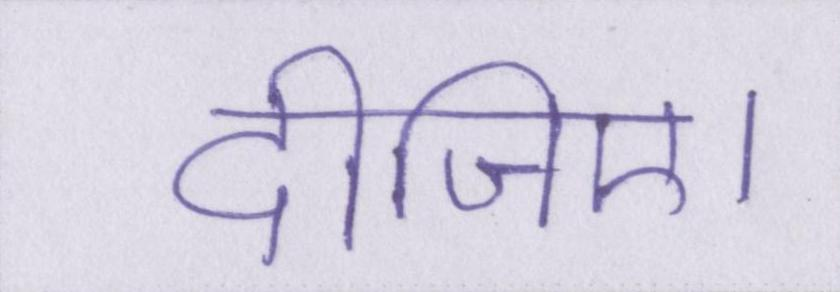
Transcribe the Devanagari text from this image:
दीजिए।